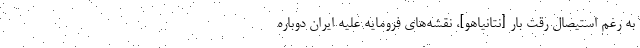
به رغم استیصال رقت بار [نتانیاهو]، نقشه‌های فرومایه علیه ایران دوباره